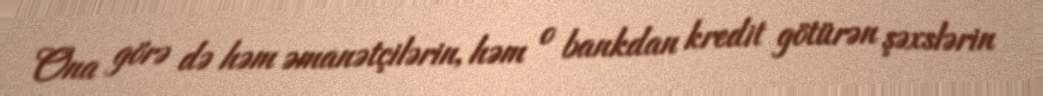
Ona görə də həm əmanətçilərin, həm o bankdan kredit götürən şəxslərin